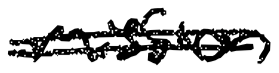
Text: mission
Cross-out: double-line
Writing tool: digital_black